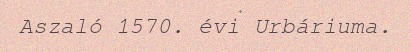
Aszaló 1570. évi Urbáriuma.